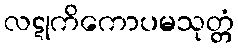
လဋုကိကောပမသုတ္တံ